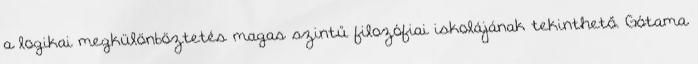
a logikai megkülönböztetés magas szintű filozófiai iskolájának tekinthető. Gótama